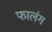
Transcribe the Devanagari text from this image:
फालंग